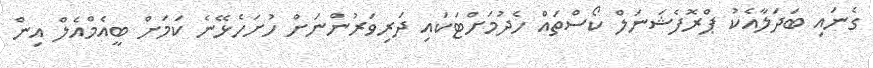
ގެނައި ބަދަލާއެކު ޕްރޮފެޝަނަލް ކޯސްތައް ހެދުމަށްޓަކައި ދަރިވަރުންނަށް ހުށަހެޅޭނެ ކަމަށް ބީއެމްއެލް އިން